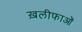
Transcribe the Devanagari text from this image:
ख़लीफाओं